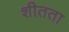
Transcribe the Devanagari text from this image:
शीतता